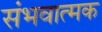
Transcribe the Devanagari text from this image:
संभवात्मक